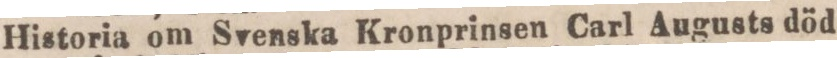
Historia om Svenska Kronprinsen Carl Augusts död